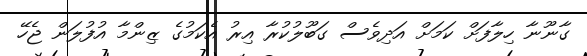
ގާނޫނާ ހިލާފަށް ކަމަށް އަދިވެސް ގަބޫލުކުރާ އިރު އެކަމުގެ ޒިންމާ އުފުލަން ޖެހޭ